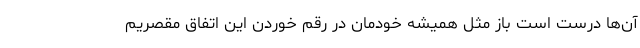
آن‌ها درست است باز مثل همیشه خودمان در رقم خوردن این اتفاق مقصریم